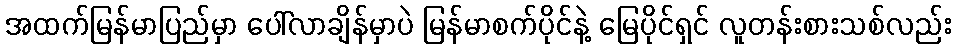
အထက်မြန်မာပြည်မှာ ပေါ်လာချိန်မှာပဲ မြန်မာစက်ပိုင်နဲ့ မြေပိုင်ရှင် လူတန်းစားသစ်လည်း